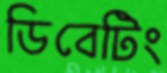
ডিবেটিং